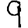
Digit: 9